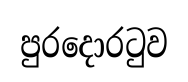
පුරදොරටුව